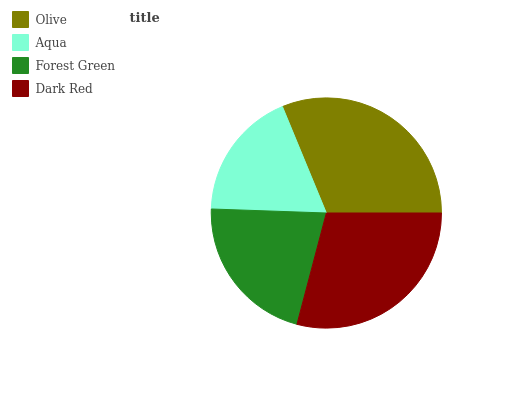
| Olive | Aqua | Forest Green | Dark Red |
 | --- | --- | --- | --- |
 | 31.2% | 18.2% | 21.5% | 29.1% |